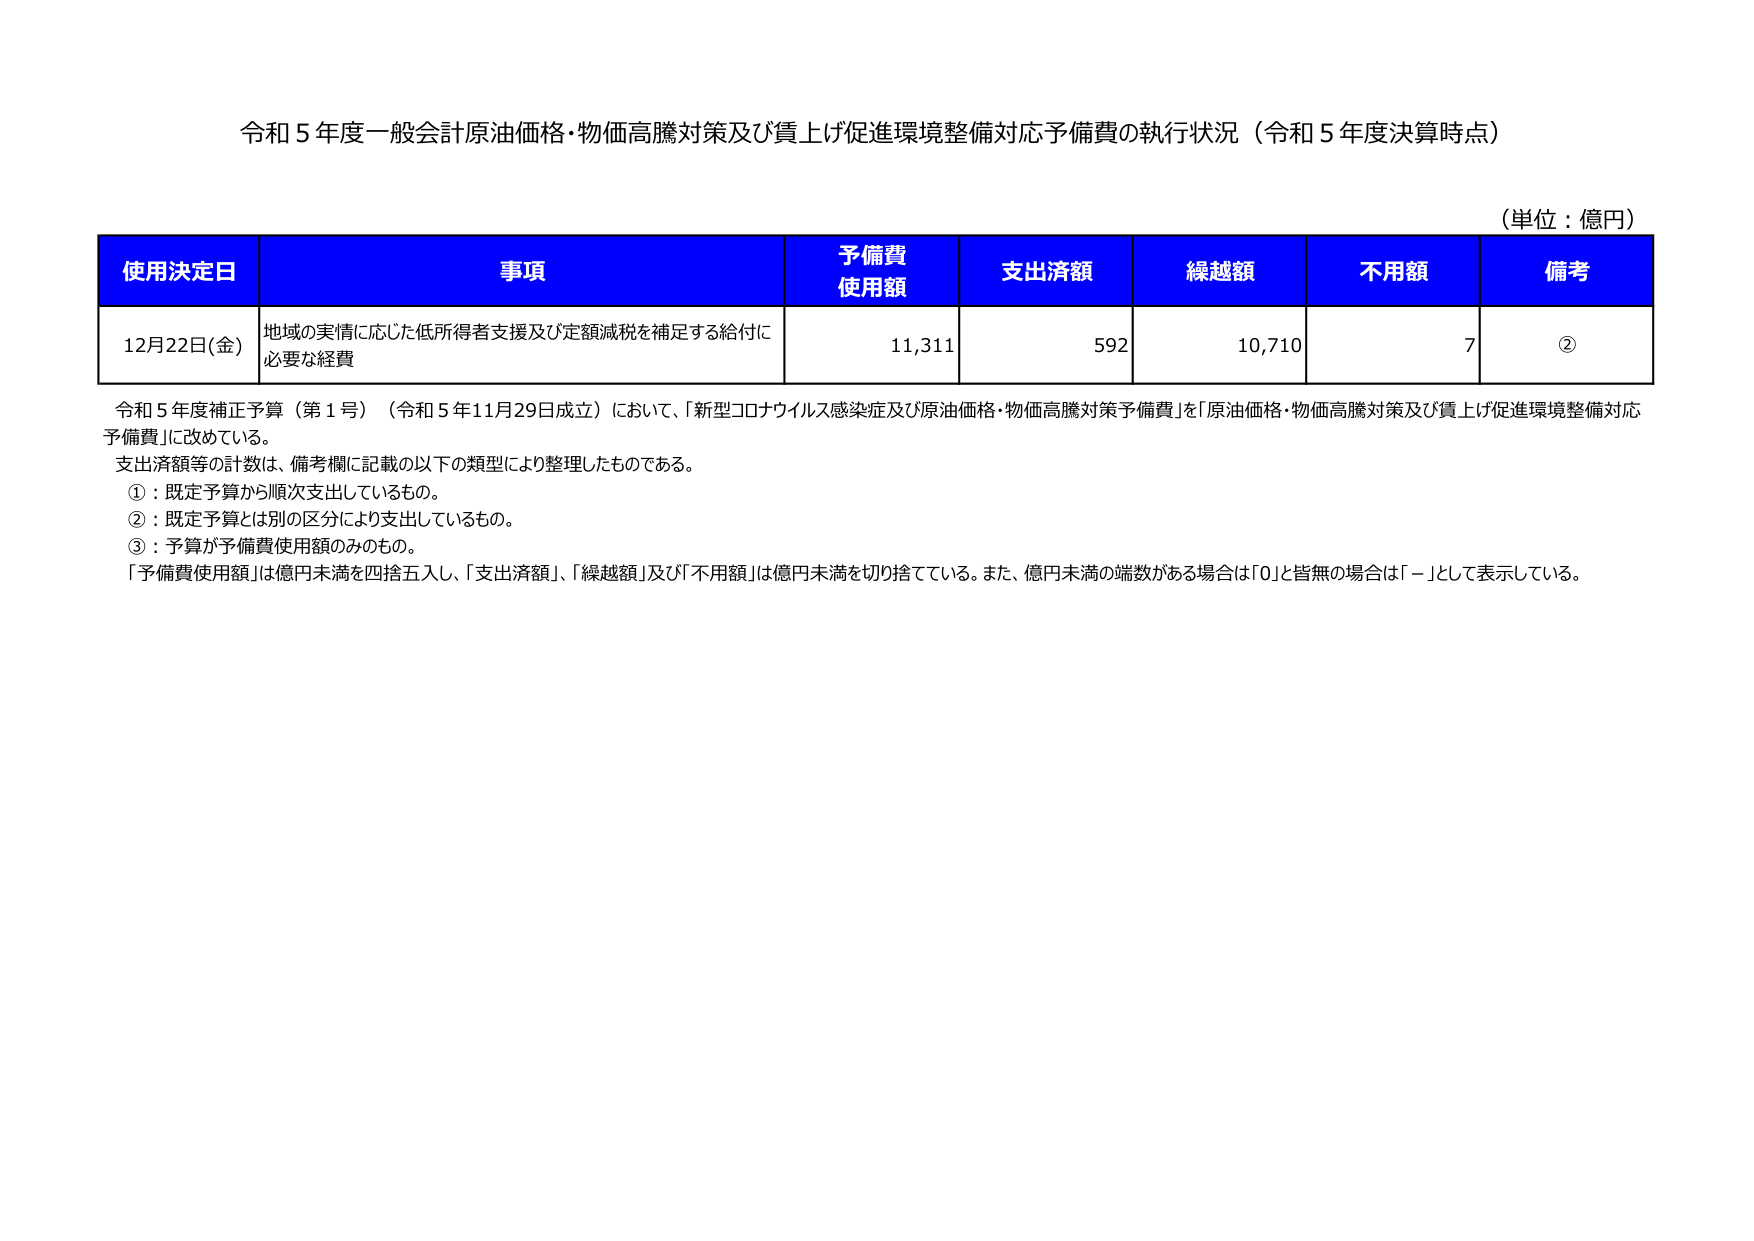
令和５年度一般会計原油価格・物価高騰対策及び賃上げ促進環境整備対応予備費の執行状況（令和５年度決算時点）

（単位：億円）

使用決定日　事項　予備費使用額　支出済額　繰越額　不用額　備考

12月22日(金)　地域の実情に応じた低所得者支援及び定額減税を補足する給付に必要な経費　11,311　592　10,710　7　②

令和５年度補正予算（第１号）（令和５年11月29日成立）において、「新型コロナウイルス感染症及び原油価格・物価高騰対策予備費」を「原油価格・物価高騰対策及び賃上げ促進環境整備対応予備費」に改めている。

支出済額等の計数は、備考欄に記載の以下の類型により整理したものである。

①：既定予算から順次支出しているもの。

②：既定予算とは別の区分により支出しているもの。

③：予算が予備費使用額のみのもの。

「予備費使用額」は億円未満を四捨五入し、「支出済額」、「繰越額」及び「不用額」は億円未満を切り捨てている。また、億円未満の端数がある場合は「0」と皆無の場合は「－」として表示している。